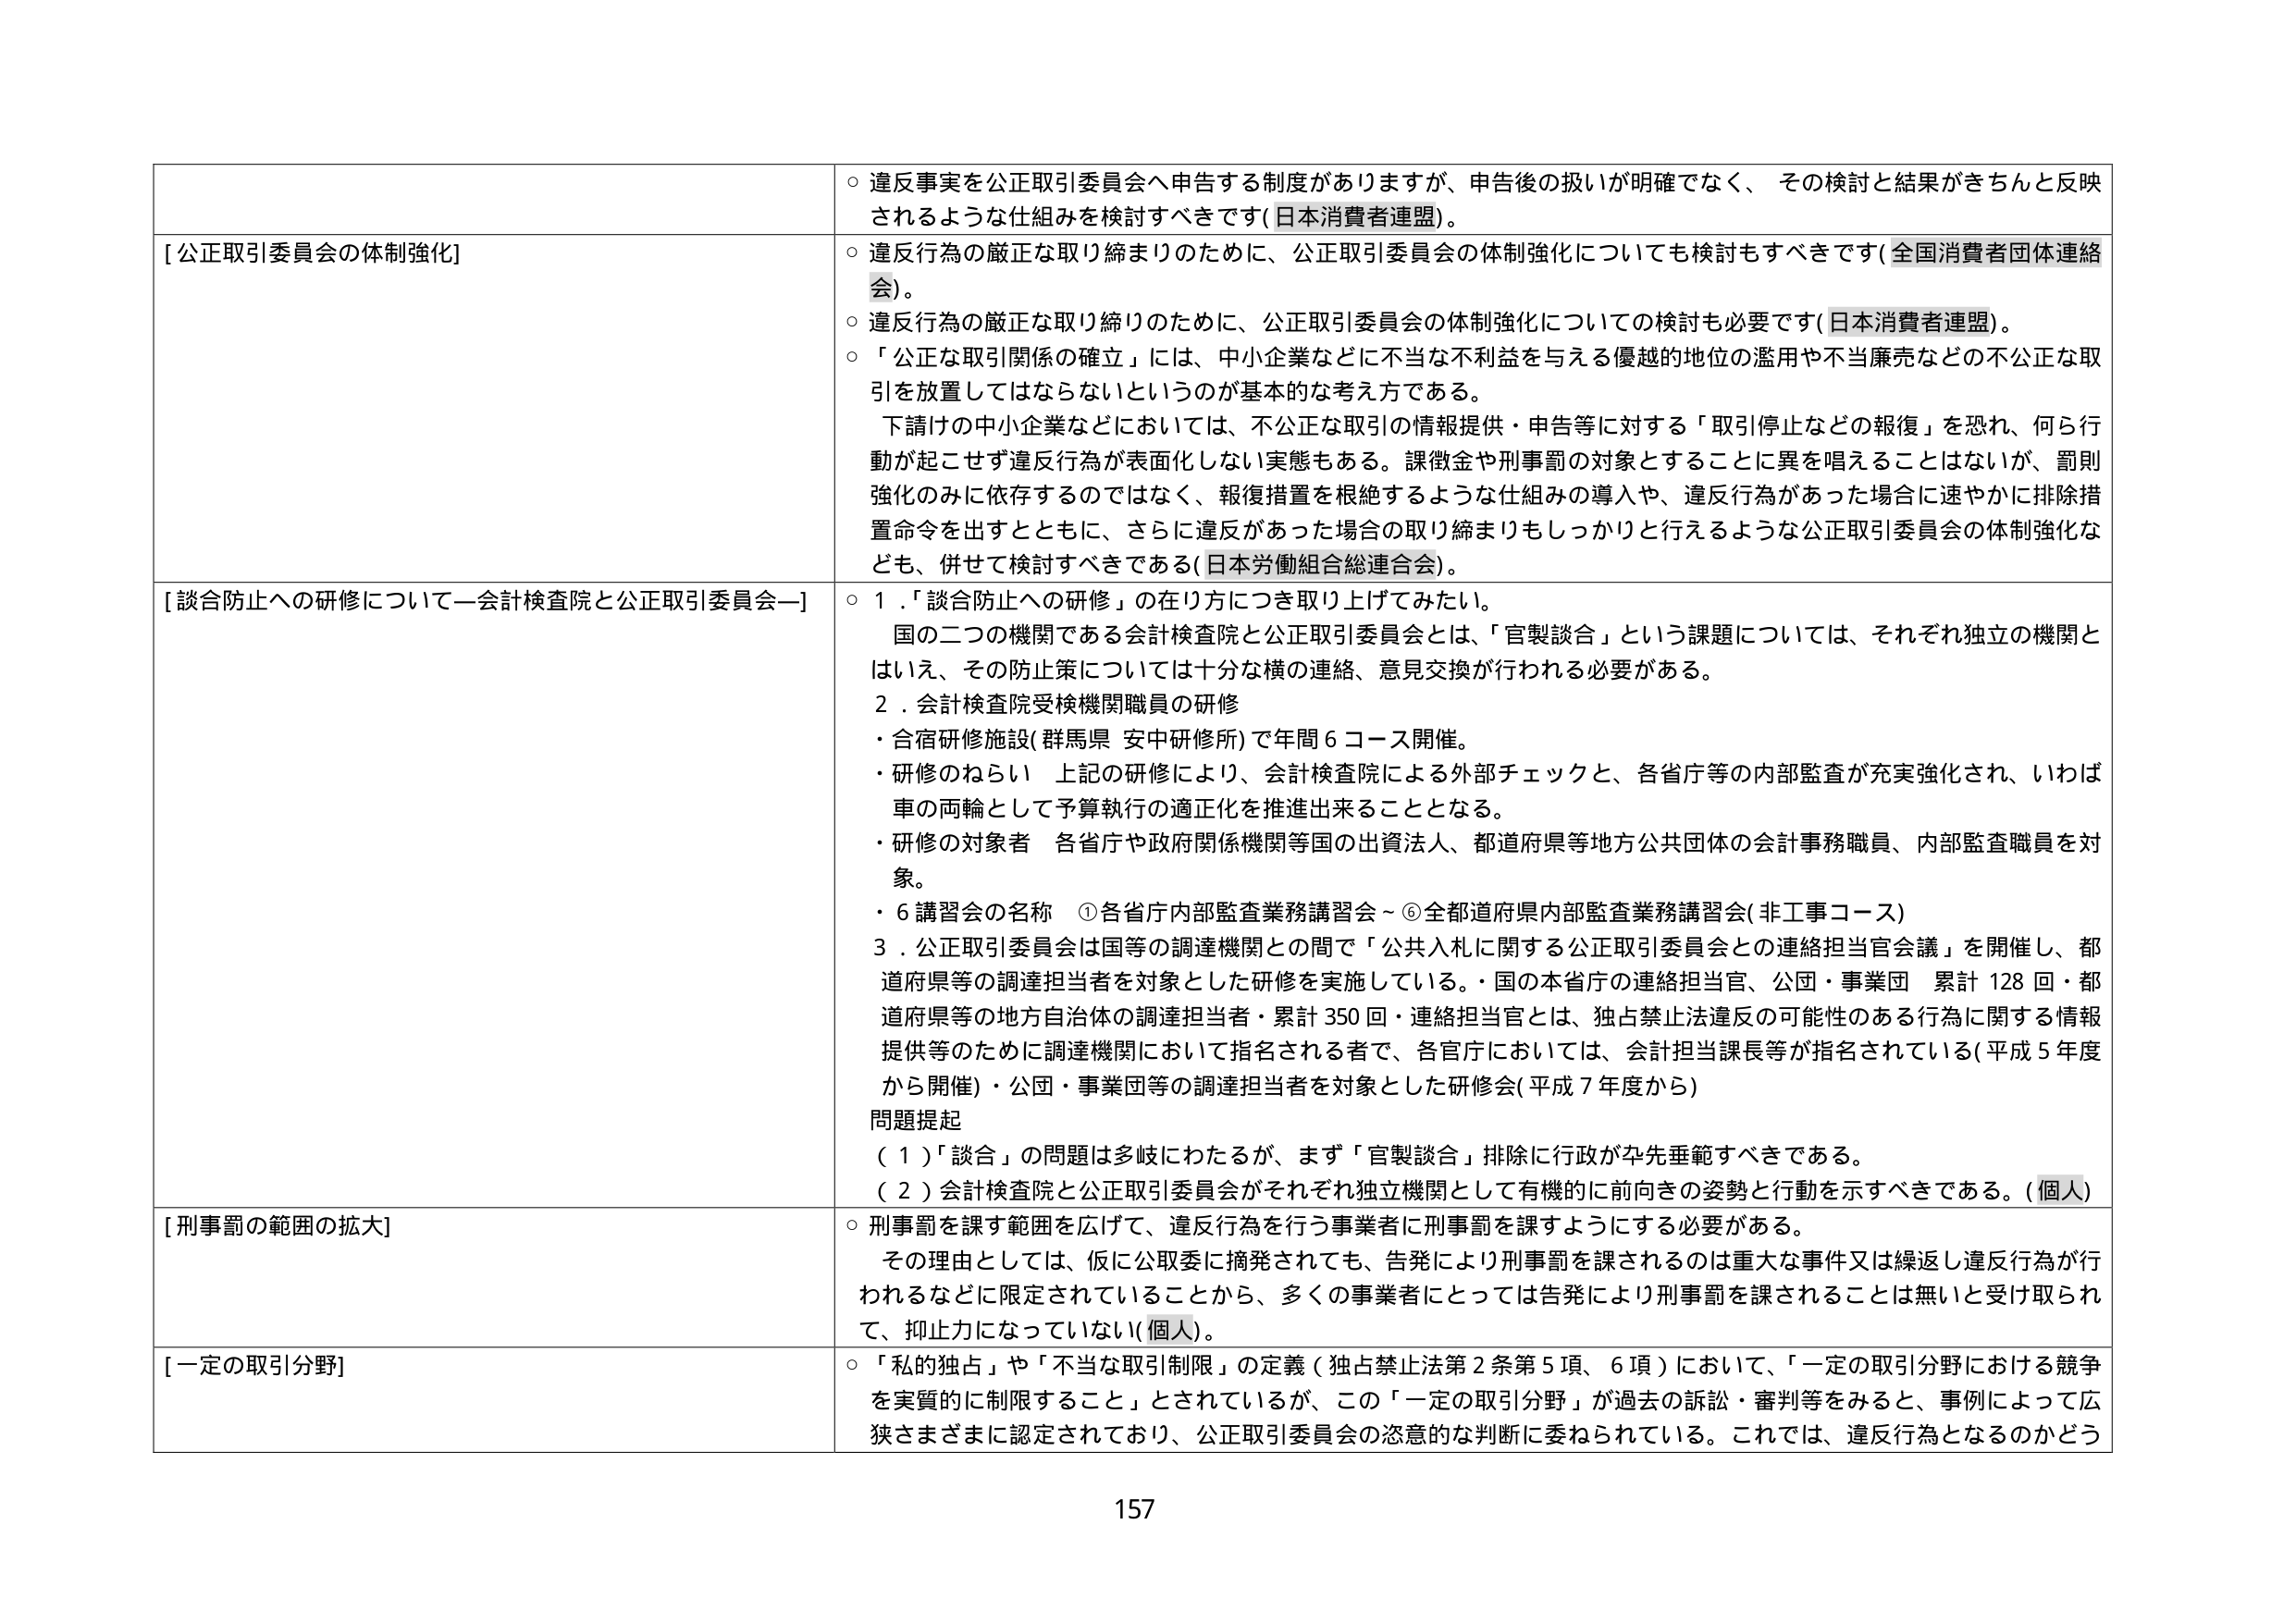
○ 違反事実を公正取引委員会へ申告する制度がありますが、申告後の扱いが明確でなく、その検討と結果がきちんと反映されるような仕組みを検討すべきです(日本消費者連盟)。

[公正取引委員会の体制強化]
○ 違反行為の厳正な取り締まりのために、公正取引委員会の体制強化についても検討もすべきです(全国消費者団体連絡会)。
○ 違反行為の厳正な取り締まりのために、公正取引委員会の体制強化についての検討も必要です(日本消費者連盟)。
○ 「公正な取引関係の確立」には、中小企業などに不当な不利益を与える優越的地位の濫用や不当廉売などの不公正な取引を放置してはならないというのが基本的な考え方である。
　下請けの中小企業などにおいては、不公正な取引の情報提供・申告等に対する「取引停止などの報復」を恐れ、何ら行動が起こせず違反行為が表面化しない実態もある。課徴金や刑事罰の対象とすることに異を唱えることはないが、罰則強化のみに依存するのではなく、報復措置を根絶するような仕組みの導入や、違反行為があった場合に速やかに排除措置命令を出すとともに、さらに違反があった場合の取り締まりもしっかり行えるような公正取引委員会の体制強化なども、併せて検討すべきである(日本労働組合総連合会)。

[談合防止への研修について―会計検査院と公正取引委員会―]
○ 1．「談合防止への研修」の在り方につき取り上げてみたい。
　国の二つの機関である会計検査院と公正取引委員会とは、「官製談合」という課題については、それぞれ独立の機関とはいえ、その防止策については十分な横の連絡、意見交換が行われる必要がある。
2．会計検査院受検機関職員の研修
・合宿研修施設(群馬県 安中研修所)で年間６コース開催。
・研修のねらい　上記の研修により、会計検査院による外部チェックと、各省庁等の内部監査が充実強化され、いわば車の両輪として予算執行の適正化を推進出来ることとなる。
・研修の対象者　各省庁や政府関係機関等国の出資法人、都道府県等地方公共団体の会計事務職員、内部監査職員を対象。
・６講習会の名称　①各省庁内部監査業務講習会～⑥全都道府県内部監査業務講習会(非工事コース)
3．公正取引委員会は国等の調達機関との間で「公共入札に関する公正取引委員会との連絡担当官会議」を開催し、都道府県等の調達担当者を対象とした研修を実施している。・国の本省庁の連絡担当官、公団・事業団　累計128回・都道府県等の地方自治体の調達担当者・累計350回・連絡担当官とは、独占禁止法違反の可能性のある行為に関する情報提供等のために調達機関において指名される者で、各省庁においては、会計担当課長等が指名されている(平成5年度から開催)・公団・事業団等の調達担当者を対象とした研修会(平成7年度から)
問題提起
（１）「談合」の問題は多岐にわたるが、まず「官製談合」排除に行政が率先垂範すべきである。
（２）会計検査院と公正取引委員会がそれぞれ独立機関として有機的に前向きの姿勢と行動を示すべきである。(個人)

[刑事罰の範囲の拡大]
○ 刑事罰を課す範囲を広げて、違反行為を行う事業者に刑事罰を課すようにする必要がある。
　その理由としては、仮に公取委に摘発されても、告発により刑事罰を課されるのは重大な事件又は繰返し違反行為が行われるなどに限定されていることから、多くの事業者にとっては告発により刑事罰を課されることは無いと受け取られて、抑止力になっていない(個人)。

[一定の取引分野]
○ 「私的独占」や「不当な取引制限」の定義（独占禁止法第2条第5項、6項）において、「一定の取引分野における競争を実質的に制限すること」とされているが、この「一定の取引分野」が過去の訴訟・審判等をみると、事例によって広狭さまざまに認定されており、公正取引委員会の恣意的な判断に委ねられている。これでは、違反行為となるのかどう

157